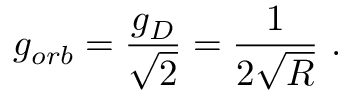
g _ { o r b } = \frac { g _ { D } } { \sqrt { 2 } } = \frac { 1 } { 2 \sqrt { R } } \ .